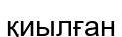
қиылған